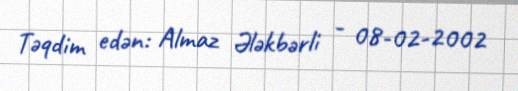
Təqdim edən: Almaz Ələkbərli - 08-02-2002